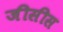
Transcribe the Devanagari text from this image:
जीसीस